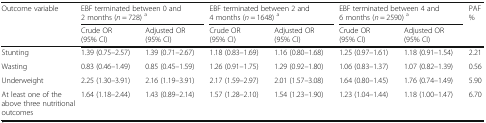
<table><thead><tr><td rowspan="2"><b>Outcome variable</b></td><td colspan="2"><b>EBF terminated between 0 and 2 months (<i>n</i> = 728) <sup>a</sup></b></td><td colspan="2"><b>EBF terminated between 2 and 4 months (<i>n</i> = 1648) <sup>a</sup></b></td><td colspan="2"><b>EBF terminated between 4 and 6 months (<i>n</i> = 2590) <sup>a</sup></b></td><td rowspan="2"><b>PAF %</b></td></tr><tr><td><b>Crude OR (95% CI)</b></td><td><b>Adjusted OR (95% CI)</b></td><td><b>Crude OR (95% CI)</b></td><td><b>Adjusted OR (95% CI)</b></td><td><b>Crude OR (95% CI)</b></td><td><b>Adjusted OR (95% CI)</b></td></tr></thead><tbody><tr><td>Stunting</td><td>1.39 (0.75–2.57)</td><td>1.39 (0.71–2.67)</td><td>1.18 (0.83–1.69)</td><td>1.16 (0.80–1.68)</td><td>1.25 (0.97–1.61)</td><td>1.18 (0.91–1.54)</td><td>2.21</td></tr><tr><td>Wasting</td><td>0.83 (0.46–1.49)</td><td>0.85 (0.45–1.59)</td><td>1.26 (0.91–1.75)</td><td>1.29 (0.92–1.80)</td><td>1.06 (0.83–1.37)</td><td>1.07 (0.82–1.39)</td><td>0.56</td></tr><tr><td>Underweight</td><td>2.25 (1.30–3.91)</td><td>2.16 (1.19–3.91)</td><td>2.17 (1.59–2.97)</td><td>2.01 (1.57–3.08)</td><td>1.64 (0.80–1.45)</td><td>1.76 (0.74–1.49)</td><td>5.90</td></tr><tr><td>At least one of the above three nutritional outcomes</td><td>1.64 (1.18–2.44)</td><td>1.43 (0.89–2.14)</td><td>1.57 (1.28–2.10)</td><td>1.54 (1.23–1.90)</td><td>1.23 (1.04–1.44)</td><td>1.18 (1.00–1.47)</td><td>6.70</td></tr></tbody></table>